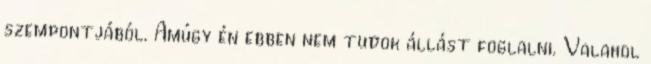
szempontjából. Amúgy én ebben nem tudok állást foglalni. Valahol